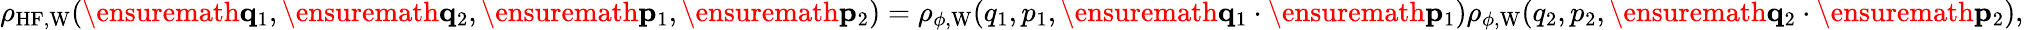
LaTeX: \begin{array}{r}{\rho_{\mathrm{HF},\mathrm{W}}(\ensuremath{\mathbf{q}}_{1},\ensuremath{\mathbf{q}}_{2},\ensuremath{\mathbf{p}}_{1},\ensuremath{\mathbf{p}}_{2})=\rho_{\phi,\mathrm{W}}(q_{1},p_{1},\ensuremath{\mathbf{q}}_{1}\cdot\ensuremath{\mathbf{p}}_{1})\rho_{\phi,\mathrm{W}}(q_{2},p_{2},\ensuremath{\mathbf{q}}_{2}\cdot\ensuremath{\mathbf{p}}_{2}),}\end{array}